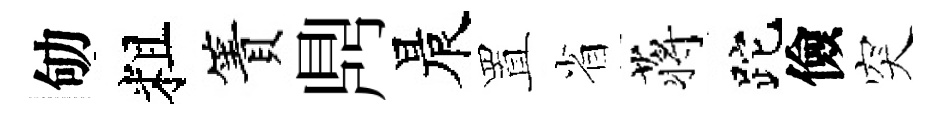
劬粗簀𪔂晨置省蒋跎儉突